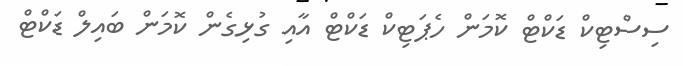
ސިސްޓިކް ޑަކްޓް ކޮމަން ހެޕަޓިކް ޑަކްޓް އާއި ގުޅިގެން ކޮމަން ބައިލް ޑަކްޓް